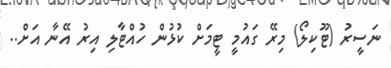
ނަސީރު (ޓޫކިލޯ) މިރޭ ގައުމީ ޓީމަށް ކުޅުން ހުއްޓާލި އިރު އޭނާ އަށް..